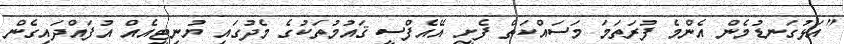
"އަޅުގަނޑުމެން އެންމެ ފުރަތަމަ މަސައްކަތް ފެށީ އޭއެފްސީ ޤައުމުތަކުގެ މެދުގައި ޔުނިޓީއެއް އުފައްދައިގެން